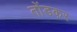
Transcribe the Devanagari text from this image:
तोंडकर